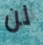
لن